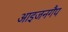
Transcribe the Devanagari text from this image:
आइजनगैप